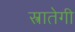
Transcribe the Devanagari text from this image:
स्त्रातेगी